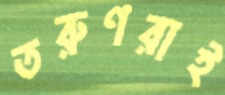
তরুণরাই